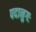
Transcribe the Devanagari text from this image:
पदानुगः